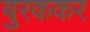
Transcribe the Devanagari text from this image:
बुरककर